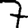
Digit: 7